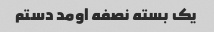
یک بسته نصفه اومد دستم